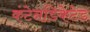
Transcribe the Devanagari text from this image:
कंटेनडिकेटेड